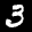
Label: 3